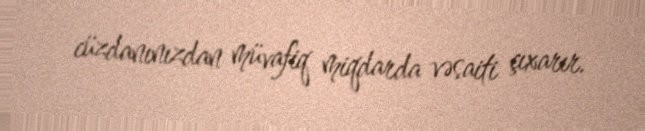
cüzdanınızdan müvafiq miqdarda vəsaiti çıxarır.